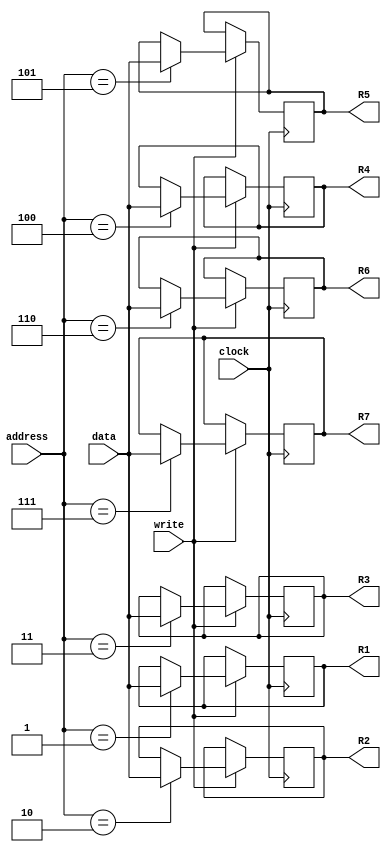
module BancoRegistradores(clock, data, address, write, R1, R2, R3, R4, R5, R6, R7);

	input clock;
	input [15:0]data; 					
	input write; 					
	input [2:0]address;
	
	output reg[15:0]R1,R2,R3,R4,R5,R6,R7; 

	initial begin
	  R1 = 1; R2 = 1; R3 = 1; R4 = 2; R5 = 0; R6 = 1; R7 = 0;
	end

	always@(posedge clock)
	begin
		if(write==1'b1)
		begin
		// Atribuindo os enderecos passados
		  if(address == 3'b001)
			 R1 = data;
		  if(address == 3'b010)
			 R2 = data;
		  if(address == 3'b011)
			 R3 = data;
		  if(address == 3'b100)
			 R4 = data;
		  if(address == 3'b101)
			 R5 = data;
		  if(address == 3'b110)
			 R6 = data;
		  if(address == 3'b111)
			 R7 = data;
		end
	end
endmodule